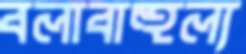
বলাবাহুল্য